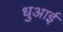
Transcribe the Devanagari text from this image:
धुआई